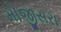
મોજીસરા